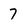
Character: 7